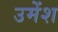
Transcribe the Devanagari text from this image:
उमेंश